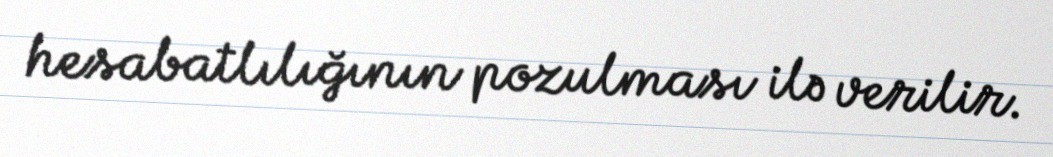
hesabatlılığının pozulması ilə verilir.